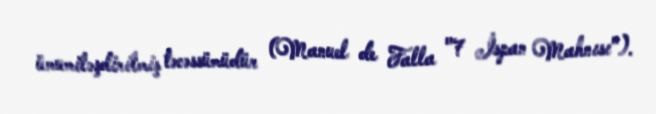
ümumiləşdirilmiş təcəssümüdür (Manuel de Falla "7 İspan Mahnısı").